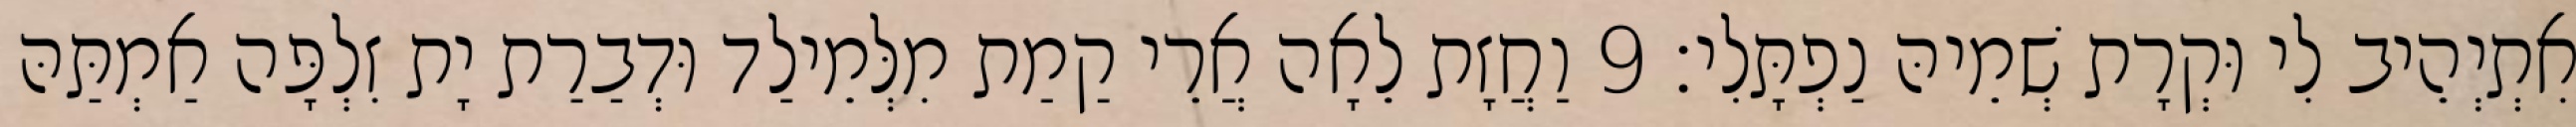
אִתְיְהֵיב לִי וּקְרָת שְׁמֵיהּ נַפְתָּלִי׃ 9 וַחֲזָת לֵאָה אֲרֵי קַמַת מִלְּמֵילַד וּדְבַרַת יָת זִלְפָּה אַמְתַּהּ